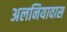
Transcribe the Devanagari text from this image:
अलनियावास